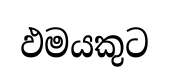
ඵමයකුට